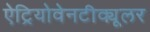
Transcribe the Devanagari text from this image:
ऐट्रियोवेनटीक्यूलर